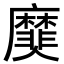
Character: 𪎫